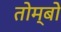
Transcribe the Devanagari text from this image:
तोम्बो